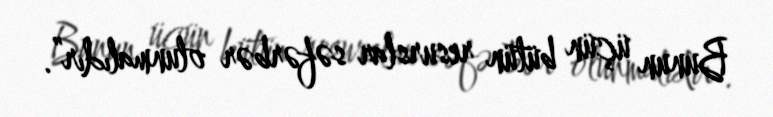
Bunun üçün bütün resurslar səfərbər olunmalıdır”.